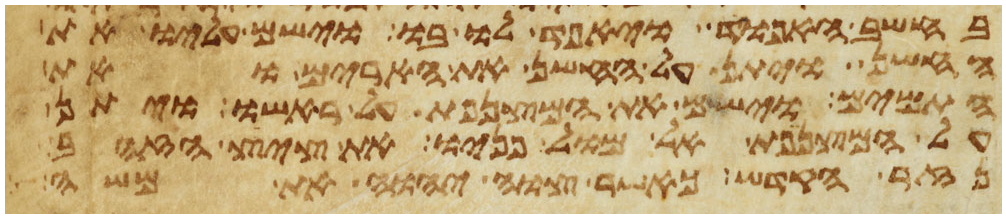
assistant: בחשב האפוד ויאפד לו בו וישם עליו את
החשן ויתן על החשן את הארים ואת
התמים וישם את המצנפת על ראשו ויתן
על המצנפת אל מול פניו את ציץ הזהב
נזר הקדש כאשר צוה יהוה את משה